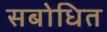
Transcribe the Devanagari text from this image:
सबोधित